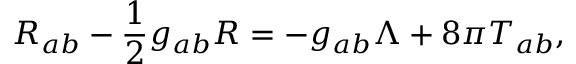
R _ { a b } - \frac 1 2 g _ { a b } R = - g _ { a b } \Lambda + 8 \pi T _ { a b } ,